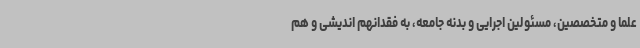
علما و متخصصین، مسئولین اجرایی و بدنه جامعه، به فقدانهم اندیشی و هم